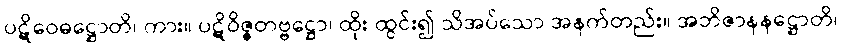
ပဋိဝေဓဋ္ဌောတိ၊ ကား။ ပဋိဝိဇ္ဇတဗ္ဗဋ္ဌော၊ ထိုး ထွင်း၍ သိအပ်သော အနက်တည်း။ အဘိဇာနနဋ္ဌောတိ၊